Scottish Leaving Certificate Examination, 1959
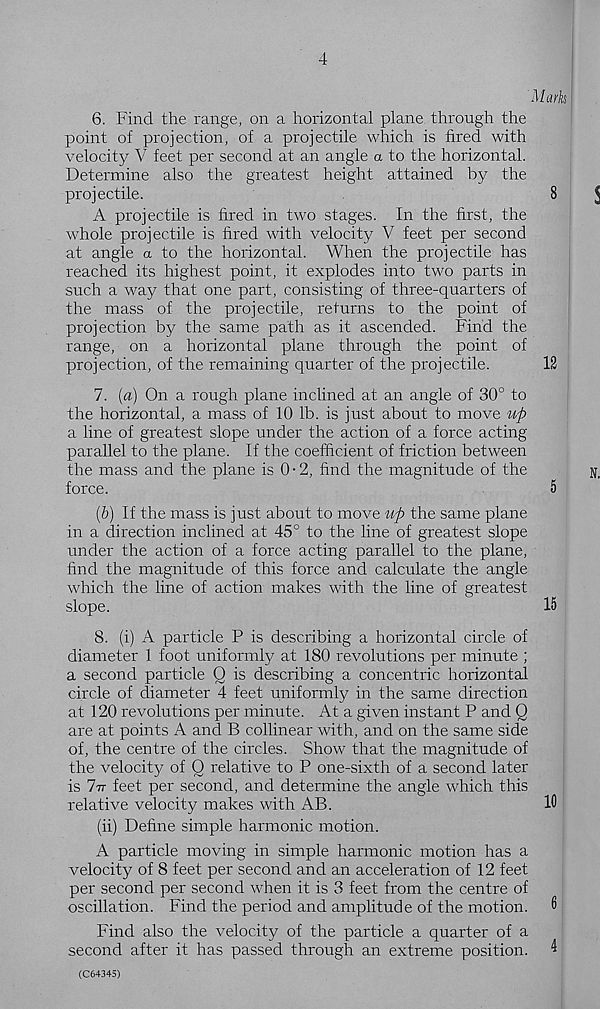
6. Find the range, on a horizontal plane through the
point of projection, of a projectile which is fired with
velocity V feet per second at an angle a to the horizontal.
Determine also the greatest height attained by the
projectile.
A projectile is fired in two stages. In the first, the
whole projectile is fired with velocity V feet per second
at angle a to the horizontal. When the projectile has
reached its highest point, it explodes into two parts in
such a way that one part, consisting of three-quarters of
the mass of the projectile, returns to the point of
projection by the same path as it ascended. Find the
range, on a horizontal plane through the point of
projection, of the remaining quarter of the projectile.
7. (a) On a rough plane inclined at an angle of 30° to
the horizontal, a mass of 10 lb. is just about to move up
a line of greatest slope under the action of a force acting
parallel to the plane. If the coefficient of friction between
the mass and the plane is 0-2, find the magnitude of the
force.
(b) If the mass is just about to move up the same plane
in a direction inclined at 45° to the line of greatest slope
under the action of a force acting parallel to the plane,
find the magnitude of this force and calculate the angle
which the line of action makes with the line of greatest
slope.
8. (i) A particle P is describing a horizontal circle of
diameter 1 foot uniformly at 180 revolutions per minute ;
a second particle Q is describing a concentric horizontal
circle of diameter 4 feet uniformly in the same direction
at 120 revolutions per minute. At a given instant P and Q
are at points A and B collinear with, and on the same side
of, the centre of the circles. Show that the magnitude of
the velocity of Q relative to P one-sixth of a second later
is 7tt feet per second, and determine the angle which this
relative velocity makes with AB.
(ii) Define simple harmonic motion.
A particle moving in simple harmonic motion has a
velocity of 8 feet per second and an acceleration of 12 feet
per second per second when it is 3 feet from the centre of
oscillation. Find the period and amplitude of the motion.
Find also the velocity of the particle a quarter of a
second after it has passed through an extreme position.
(C64345)